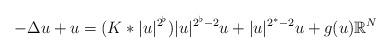
LaTeX: \begin{align*}-\Delta u+ u=(K\ast |u|^{2^\flat}) |u|^{2^\flat -2}u+|u|^{2^*-2}u+g(u) \mathbb{R}^N\end{align*}